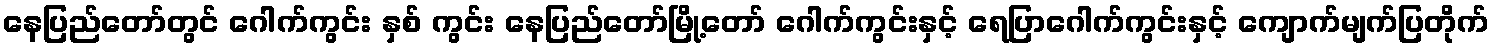
နေပြည်တော်တွင် ဂေါက်ကွင်း နှစ် ကွင်း နေပြည်တော်မြို့တော် ဂေါက်ကွင်းနှင့် ရေပြာဂေါက်ကွင်းနှင့် ကျောက်မျက်ပြတိုက်